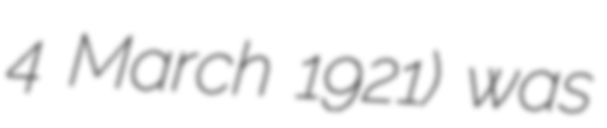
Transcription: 4 March 1921) was